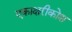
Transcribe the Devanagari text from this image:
एकाक्षरीकोश